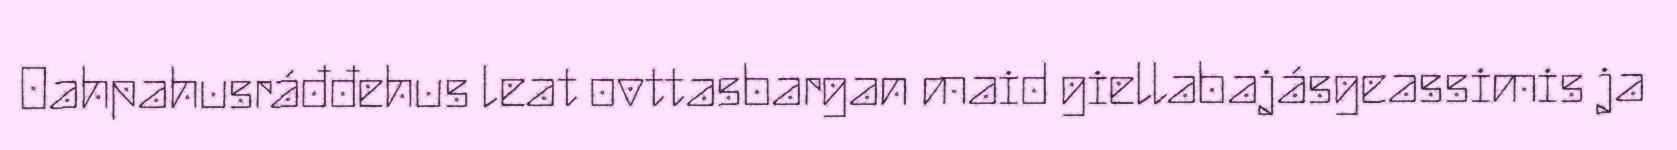
Oahpahusráđđehus leat ovttasbargan maid giellabajásgeassimis ja